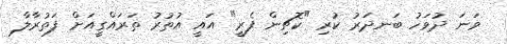
ވަނަ ދުވަހު ބަނދަރު ކުރި "ކޮޗިން ފެރީ" އައީ އުތުރު ތަރައްގީއަށް ފަތުރާލާ